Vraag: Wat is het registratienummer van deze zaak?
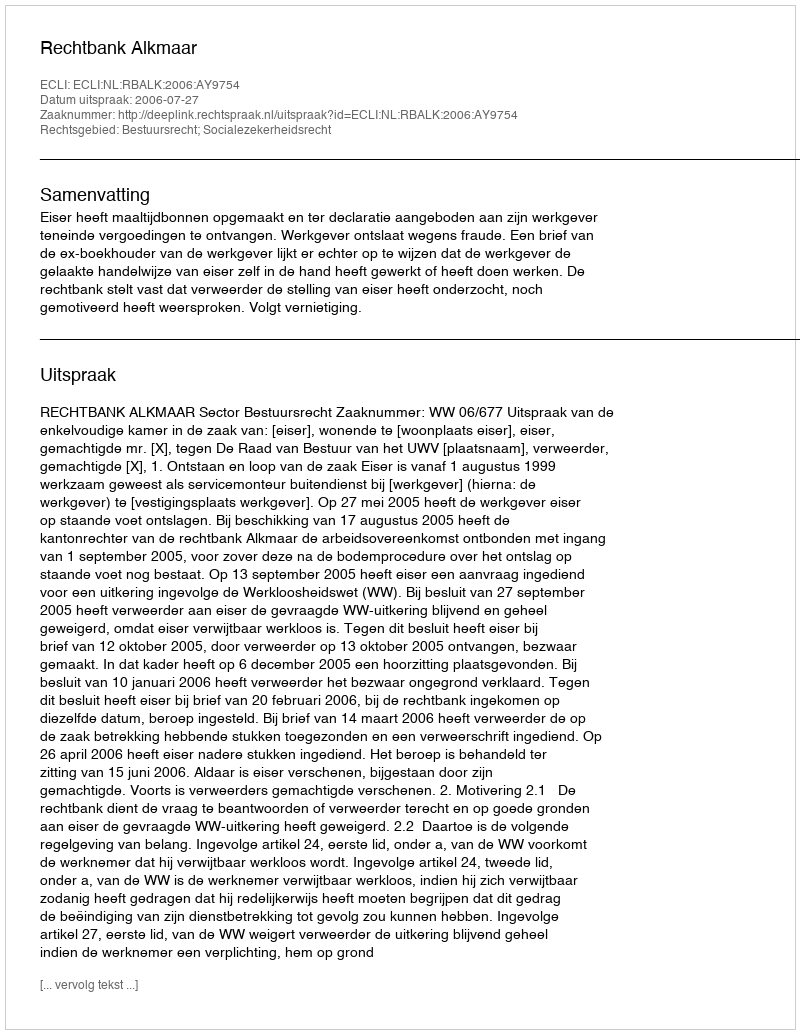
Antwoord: http://deeplink.rechtspraak.nl/uitspraak?id=ECLI:NL:RBALK:2006:AY9754